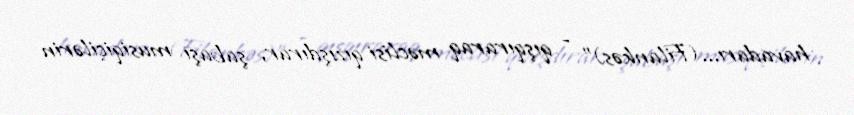
havadarı...(Filankəs)” – qışqıraraq məclisi qızışdırar, şabaşı musiqiçilərin